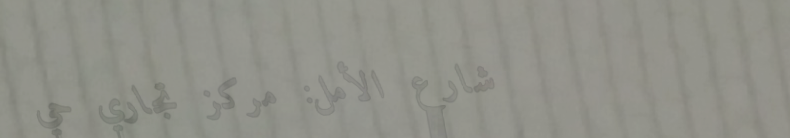
شارع الأمل: مركز تجاري حي